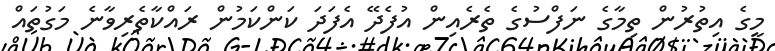
މީގެ އިތުރުން ތިމާގެ ނަފްސުގެ ތެރެއިން އުފެދޭ އެފަދަ ކަންކަމުން ރައްކާތެރިވާނެ މަގުތައް